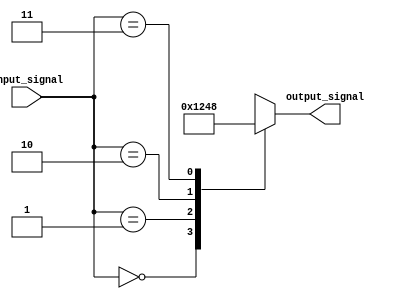
module simple_case_statement (
    input wire [1:0] input_signal,
    output reg [3:0] output_signal
);

always @(*) begin
    case (input_signal)
        2'b00: output_signal <= 4'b0001; // If input_signal is 00, output_signal is set to 0001
        2'b01: output_signal <= 4'b0010; // If input_signal is 01, output_signal is set to 0010
        2'b10: output_signal <= 4'b0100; // If input_signal is 10, output_signal is set to 0100
        2'b11: output_signal <= 4'b1000; // If input_signal is 11, output_signal is set to 1000
        default: output_signal <= 4'b0000; // If none of the above conditions are met, output_signal is set to 0000
    endcase
end

endmodule